Indian Civil Veterinary Department memoirs
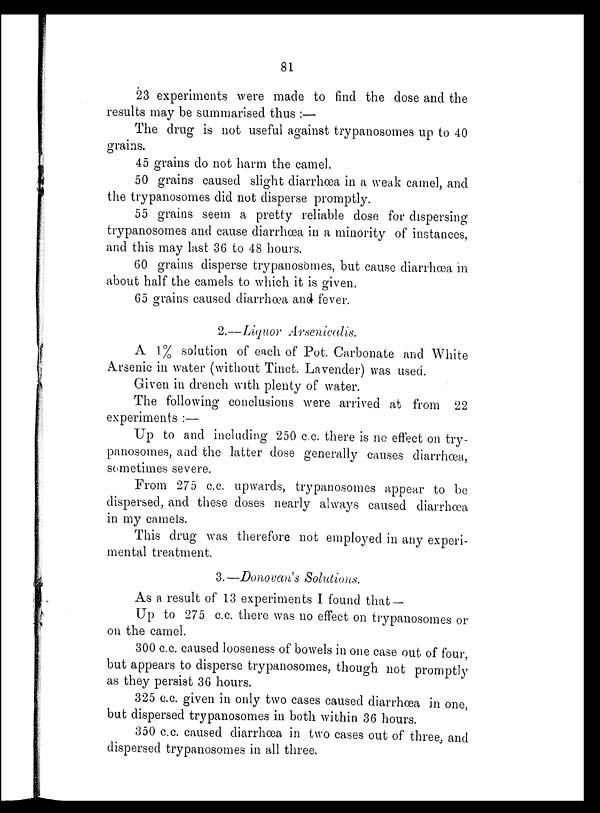
81
23 experiments were made to find the dose and the
results may be summarised thus:—
The drug is not useful against trypanosomes up to 40
grains.
45 grains do not harm the camel.
50 grains caused slight diarrhœa in a weak camel, and
the trypanosomes did not disperse promptly.
55 grains seem a pretty reliable dose for dispersing
trypanosomes and cause diarrhœa in a minority of instances,
and this may last 36 to 48 hours.
60 grains disperse trypanosomes, but cause diarrhœa in
about half the camels to which it is given.
65 grains caused diarrhœa and fever.
2.—Liquor Arsenicalis.
A 1% solution of each of Pot. Carbonate and White
Arsenic in water (without Tinct. Lavender) was used.
Given in drench with plenty of water.
The following conclusions were arrived at from 22
experiments:—
Up to and including 250 c.c. there is no effect on try-
panosomes, and the latter dose generally causes diarrhœa,
sometimes severe.
From 275 c.c. upwards, trypanosomes appear to be
dispersed, and these doses nearly always caused diarrhœa
in my camels.
This drug was therefore not employed in any experi-
mental treatment.
3.—Donovan's Solutions.
As a result of 13 experiments I found that—
Up to 275 c.c. there was no effect on trypanosomes or
on the camel.
300 c.c. caused looseness of bowels in one case out of four,
but appears to disperse trypanosomes, though not promptly
as they persist 36 hours.
325 c.c. given in only two cases caused diarrhœa in one,
but dispersed trypanosomes in both within 36 hours.
350 c.c. caused diarrhœa in two cases out of three, and
dispersed trypanosomes in all three.